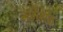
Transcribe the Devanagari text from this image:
स्लेजाक